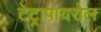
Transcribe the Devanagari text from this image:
टेट्रापायरोल